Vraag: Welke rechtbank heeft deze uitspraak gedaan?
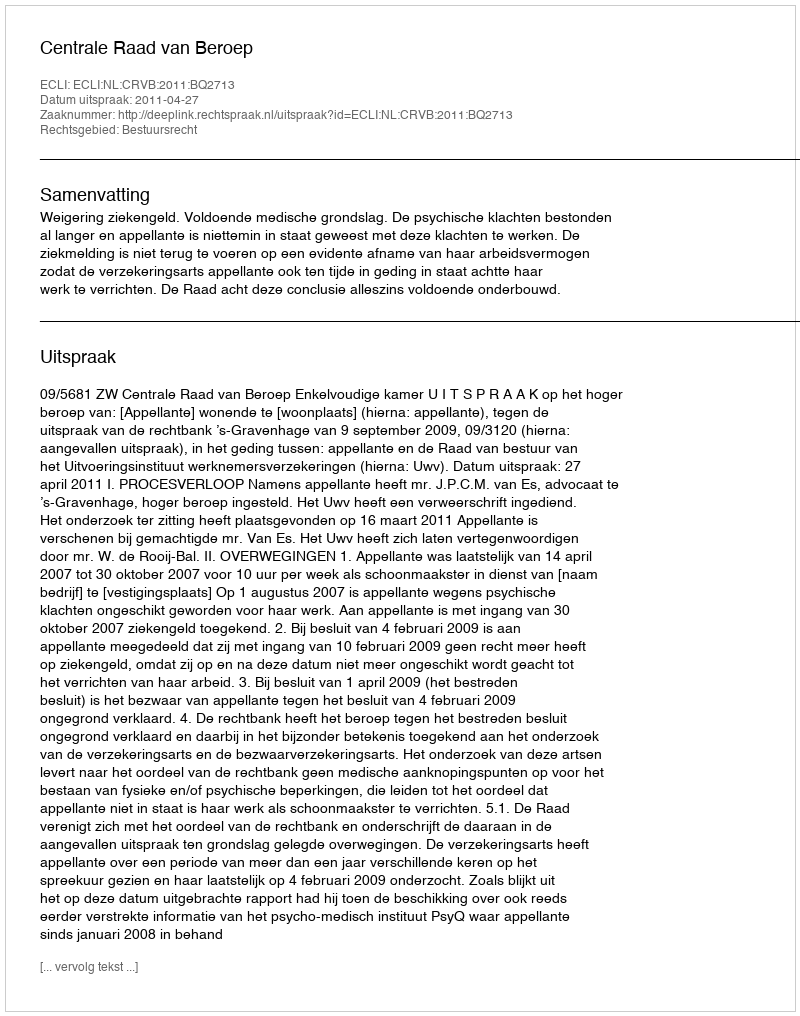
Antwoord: Centrale Raad van Beroep